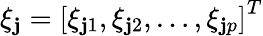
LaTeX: \xi_{\mathbf{j}}=\left[\xi_{\mathbf{j}1},\xi_{\mathbf{j}2},\ldots,\xi_{\mathbf{j}p}\right]^{T}